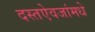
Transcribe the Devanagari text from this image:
दस्तऐवजांमधे